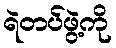
ရဲတပ်ဖွဲ့ကို